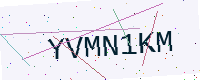
Text: YVMN1KM